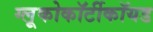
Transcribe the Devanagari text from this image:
ग्लूकोकॉर्टीकॉयड